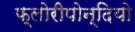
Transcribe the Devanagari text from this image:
फ्लोरीपोन्दियो